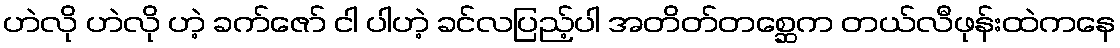
ဟဲလို ဟဲလို ဟဲ့ ခက်ဇော် ငါ ပါဟဲ့ ခင်လပြည့်ပါ အတိတ်တစ္ဆေက တယ်လီဖုန်းထဲကနေ